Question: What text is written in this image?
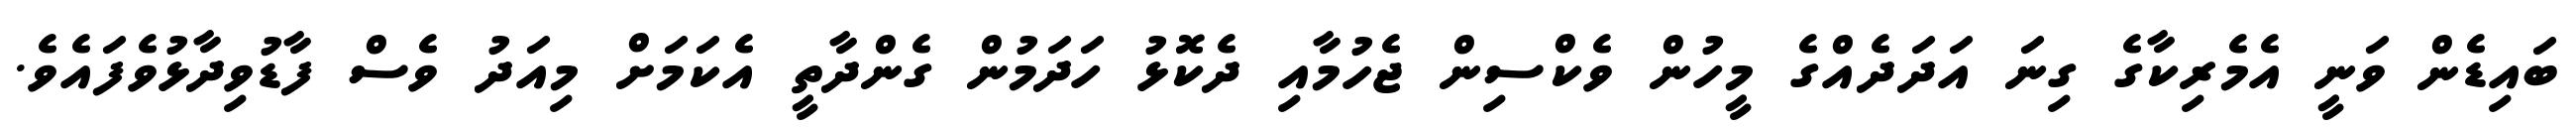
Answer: ބައިޑެން ވަނީ އެމެރިކާގެ ގިނަ އަދަދެއްގެ މީހުން ވެކްސިން ޖެހުމާއި ދެކޮޅު ހަދަމުން ގެންދާތީ އެކަމަށް މިއަދު ވެސް ފާޑުވިދާޅުވެފައެވެ.